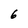
Character: 6